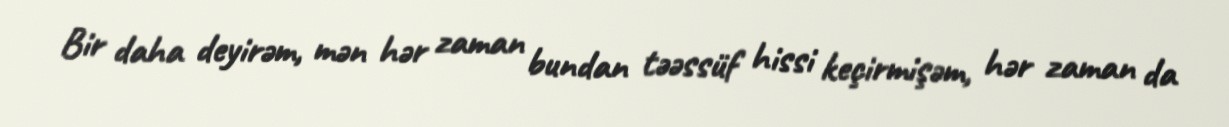
Bir daha deyirəm, mən hər zaman bundan təəssüf hissi keçirmişəm, hər zaman da